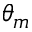
\theta _ { m }